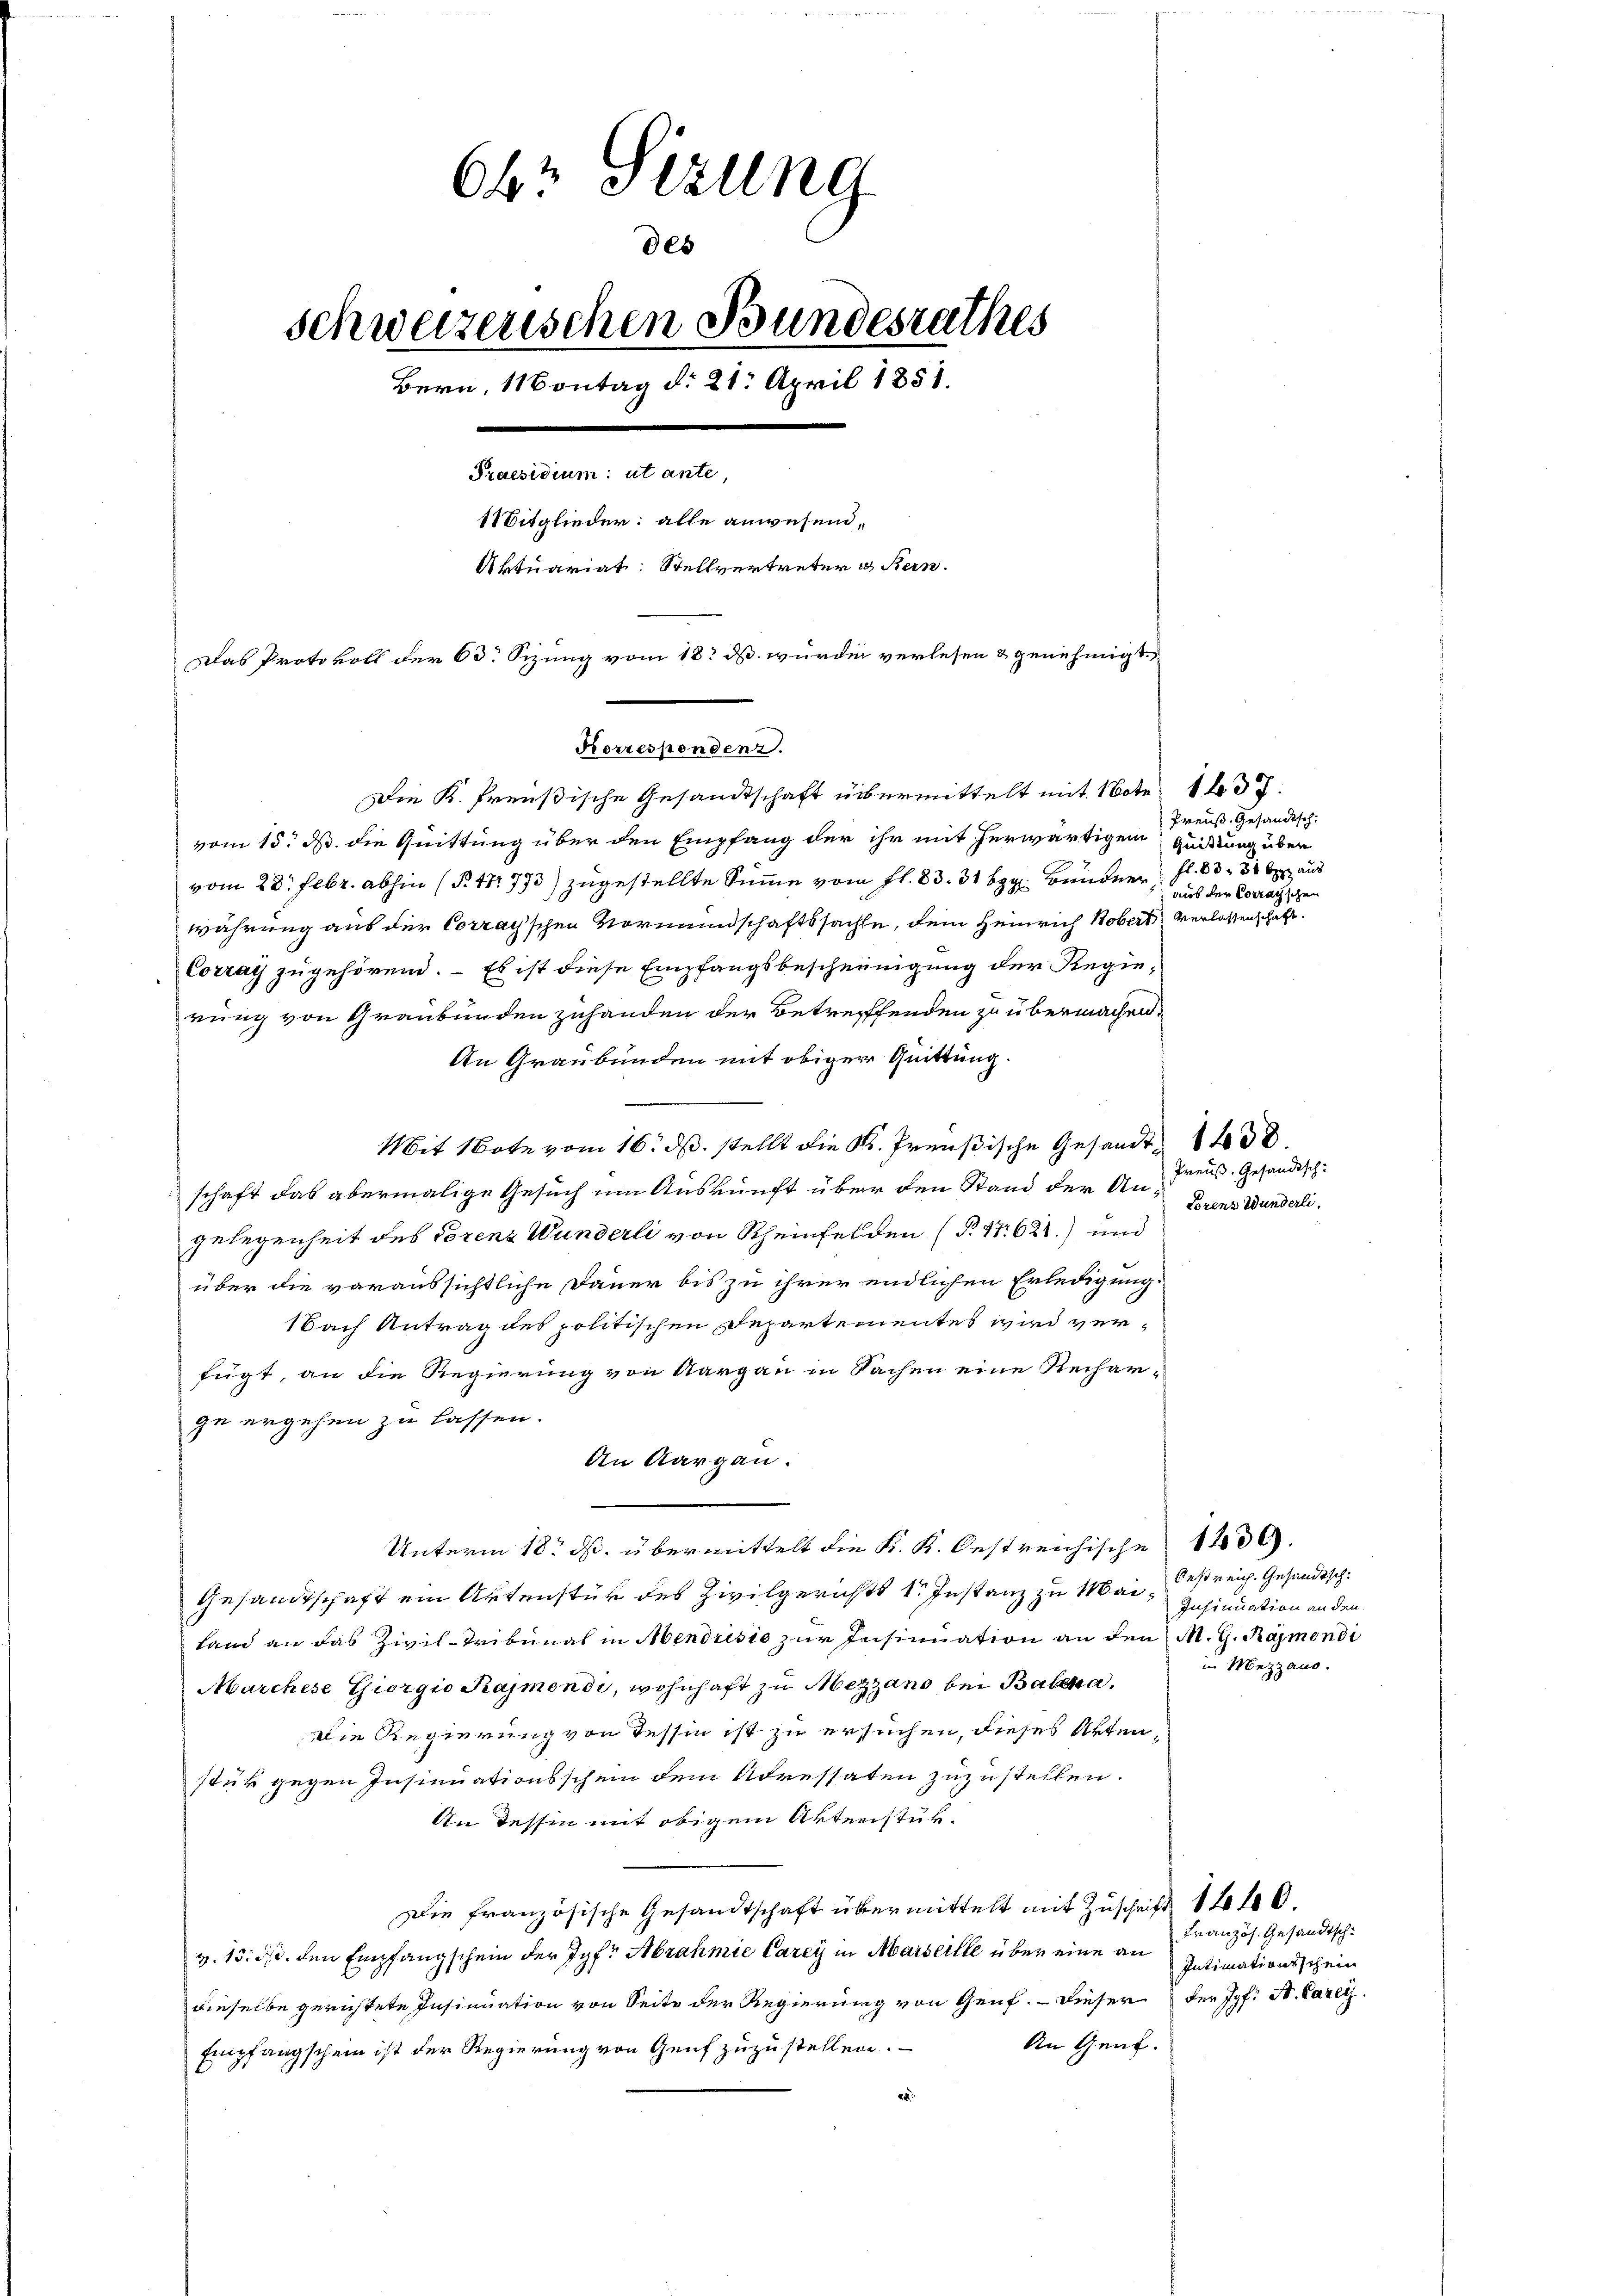
Die K. Preußische Gesandtschaft übermittelt mit Note 1 37
vom 15. d. die Quittung über den Empfang der ihr mit herwärtigen Quittung über
vom 28. Febr. abhin (§. 171773) zugestellte Summe vom fl. 83. 31 S. Bunder fl. 833 aus
währung aus der Corrayschen Vormundschaftssachte, dem Heinrich Kobert verlassenschaft.
Corray zugehörend. – Es ist diese Empfangsbescheinigung der Regierung von Graubünden zuhanden der Betreffenden zu übermachen.
An Graubünden mit obiger Quittung.
Mit Note vom 16. ds. stellt die K. Preußische Gesandt 1400.
schaft das abermalige Gesuch um Auskunft über den Stand der Angelegenheit des Torenz Wunderli von Scheinfelden (§. 1. 621.) und
über die voraussichtliche Dauer bis zu ihrer endlichen Erledigung.
1bach Antrag des politischen Departementes wird verfügt, an die Regierung von Aargau in Sachen eine Recharge ergehen zu lassen.
An Aargau.
Unterm 18. ds. übermittelt die K. K. Oestreichische 1406.
Gesandtschaft ein Artenstück des Zivilgerichts 1. Instanz zu Mai bestreich. Gesandtsch
Land an das Zivil-Tribunal in Mendusio zur Insinuation an den M. G. Raymondi
Marchese Giorgio Kajmondi, wohnhaft zu Mezzano bei Balena.
Die Regierung von Tessin ist zu ersuchen, dieses Akten,
stük gegen Insinuationsschein dem Adressaten zuzustellen.
An Tessin mit obigem Aktenstük-
Die französische Gesandtschaft übermittelt mit Zuschrift 1100.
v. 13. d. den Empfangschein der Jgfr. Abrahmie Carey in Marseille über eine an
dieselbe gerichtete Insinuation von Seite der Regierung von Genf. – Dieser der Joh. St. Parei
An Genf.
Empfangschein ist der Regierung von Genf zuzustellen.

66 Sizung
des
schweizerischen Bundesrathes
Bern, Montag d. 21. April 1851.
.
Praesidium: ut ante,
1Mitglieder: alle anwesend,
Aktuariat. Stellvertreter & Bern.
Das Protokoll der 60. Sizung vom 18. ds. wurde verlesen & genehmigt

Korrespondenz.

Preuß. Gesandtsch.
aus der Corrayschen

Preuß. Gesandtsch-
Lorens Wunderli.

Insinuation an den
in Mezzano.

Französ. Gesandtsch¬
Intimationsschein